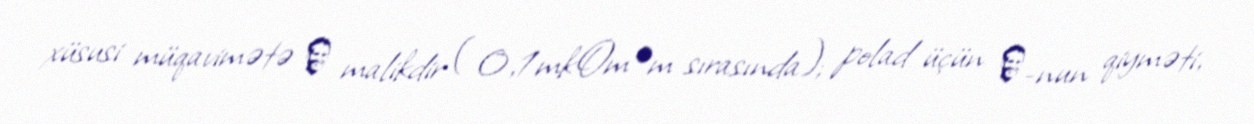
xüsusi müqavimətə ρ malikdir ( 0,1mkOm∙m sırasında); polad üçün ρ-nun qiyməti,